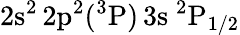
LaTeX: \mathrm{2s^{2}\, 2p^{2}(^{3}P)\, 3s~^{2}P_{1/2}}